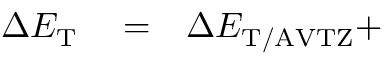
\begin{array} { r l r } { \Delta E _ { \mathrm { T } } } & { { } = } & { \Delta E _ { \mathrm { T / A V T Z } } + } \end{array}